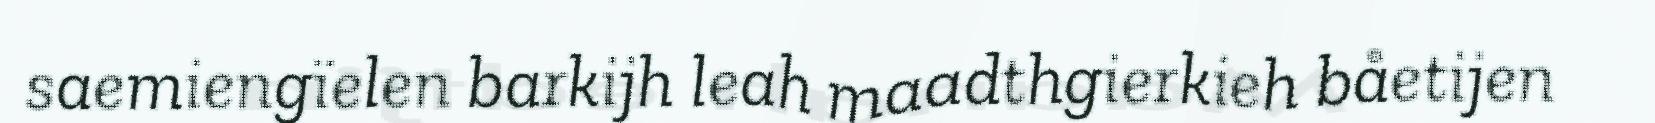
saemiengïelen barkijh leah maadthgierkieh båetijen